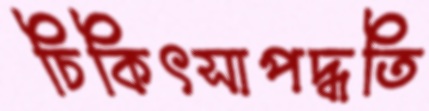
চিকিৎসাপদ্ধতি